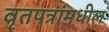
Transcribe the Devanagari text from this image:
वृतपत्रांमधील